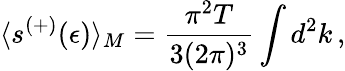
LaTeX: \langle s^{(+)}(\epsilon)\rangle_{M}=\frac{\pi^{2}T}{3(2\pi)^{3}}\int d^{2}k\, {,}